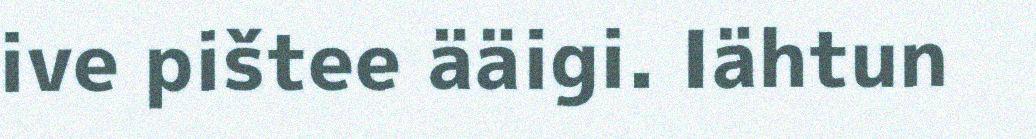
ive pištee ääigi. Iähtun